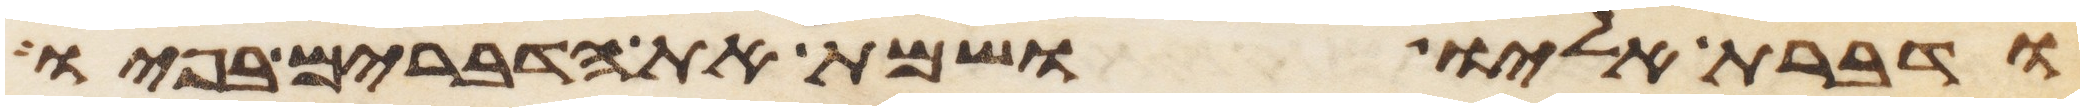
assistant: ודברת אליו ושמת את הדברים בפיו